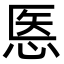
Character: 悘